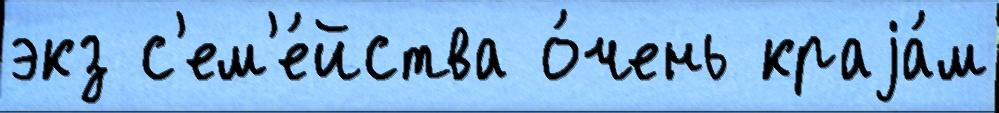
экз с'ем'е́йства о́чень краjа́м